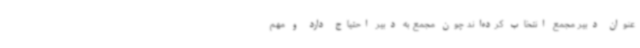
عنوان دبیر مجمع انتخاب کرده‌اند چون مجمع به دبیر احتیاج دارد و مهم